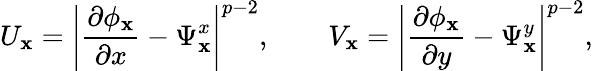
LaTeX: U_{\mathbf{x}}=\left\lvert\frac{\partial\phi_{\mathbf{x}}}{\partial x}-\Psi_{\mathbf{x}}^{x}\right\rvert^{p-2},\qquad V_{\mathbf{x}}=\left\lvert\frac{\partial\phi_{\mathbf{x}}}{\partial y}-\Psi_{\mathbf{x}}^{y}\right\rvert^{p-2},